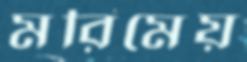
মরিমেয়